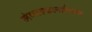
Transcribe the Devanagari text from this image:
मंगलकार्याच्या